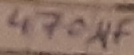
Text: 470µF